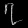
Digit: ၇